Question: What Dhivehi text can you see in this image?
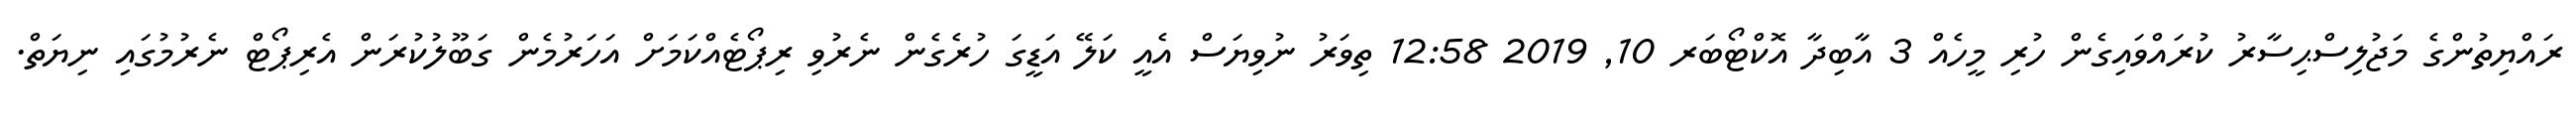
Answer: ރައްޔިތުންގެ މަޖުލިސްޙިސާރު ކުރައްވައިގެން ހުރި މީހެއް 3 އާބިދާ އޮކްޓޯބަރ 10, 2019 12:58 ތިވަރު ނުވިޔަސް އެއީ ކަލޭ އަޑީގަ ހުރެގެން ނެރުވި ރިޕޯޓެއްކަމަށް އަހަރުމެން ގަބޫލުކުރަން އެރިޕޯޓް ނެރުމުގައި ނިޔަތް.